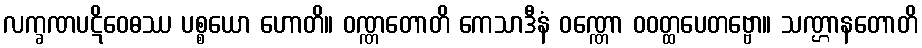
လက္ခဏပဋိဝေဓဿ ပစ္စယော ဟောတိ။ ဝဏ္ဏတောတိ ကေသာဒီနံ ဝဏ္ဏော ဝဝတ္ထပေတဗ္ဗော။ သဏ္ဌာနတောတိ